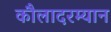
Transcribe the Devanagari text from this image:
कौलादरम्यान